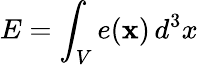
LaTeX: E=\int_{V}e({\mathbf x})\, d^{3}x